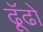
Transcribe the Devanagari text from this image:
ढूॅढो